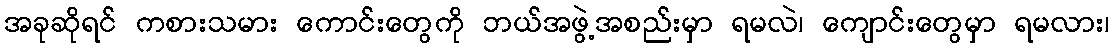
အခုဆိုရင် ကစားသမား ကောင်းတွေကို ဘယ်အဖွဲ့အစည်းမှာ ရမလဲ၊ ကျောင်းတွေမှာ ရမလား၊